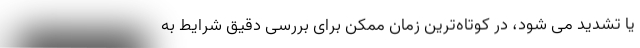
یا تشدید می شود، در کوتاه‌ترین زمان ممکن برای بررسی دقیق شرایط به